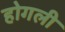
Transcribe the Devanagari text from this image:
होगली